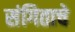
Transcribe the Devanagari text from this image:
संगिताचे